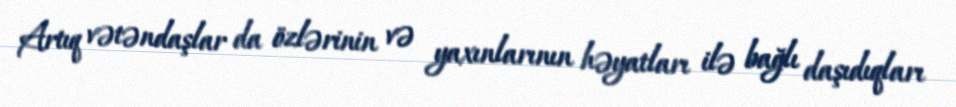
Artıq vətəndaşlar da özlərinin və yaxınlarının həyatları ilə bağlı daşıdıqları